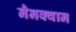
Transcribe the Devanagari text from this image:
नैनक्वान